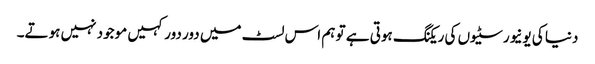
دنیا کی یونیورسٹیوں کی ریکنگ ہوتی ہے تو ہم اس لسٹ میں دور دور کہیں موجود نہیں ہوتے۔